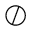
\oslash